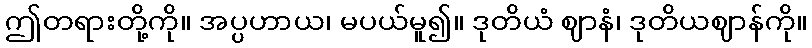
ဤတရားတို့ကို။ အပ္ပဟာယ၊ မပယ်မူ၍။ ဒုတိယံ ဈာနံ၊ ဒုတိယဈာန်ကို။